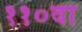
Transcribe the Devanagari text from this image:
११०वा